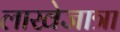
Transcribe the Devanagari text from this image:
लाखेजात्रा